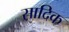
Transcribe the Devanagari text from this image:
सादिक